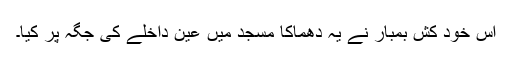
اس خود کش بمبار نے یہ دھماکا مسجد میں عین داخلے کی جگہ پر کیا۔